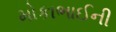
મોકાભાઈની